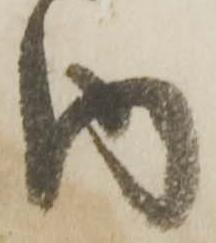
内